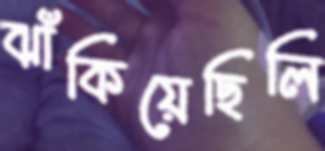
ঝাঁকিয়েছিলি